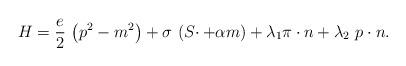
LaTeX: \begin{align*}H=\frac e2\,\left( p^2-m^2\right) +\sigma \,\left( S\cdotp+\alpha m\right) +\lambda _1\pi \cdot n+\lambda _2\,\,p\cdot n.\end{align*}